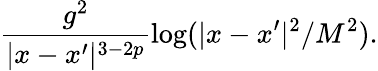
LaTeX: \frac{g^{2}}{|x-x^{\prime}|^{3-2p}}\log(|x-x^{\prime}|^{2}/{M^{2}}).